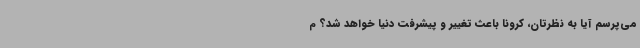
می‌پرسم آیا به نظرتان، کرونا باعث تغییر و پیشرفت دنیا خواهد شد؟ م